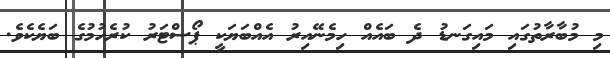
މި މުބާރާތުގައި މައިގަނޑު ދެ ބައެއް ހިމެނޭއިރު އެއްބަޔަކީ ޕޯސްޓަރު ކުރެހުމުގެ ބަޔެކެވެ.